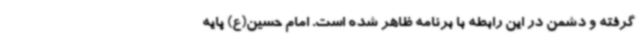
گرفته و دشمن در این رابطه با برنامه ظاهر شده است. امام حسین(ع) پایه